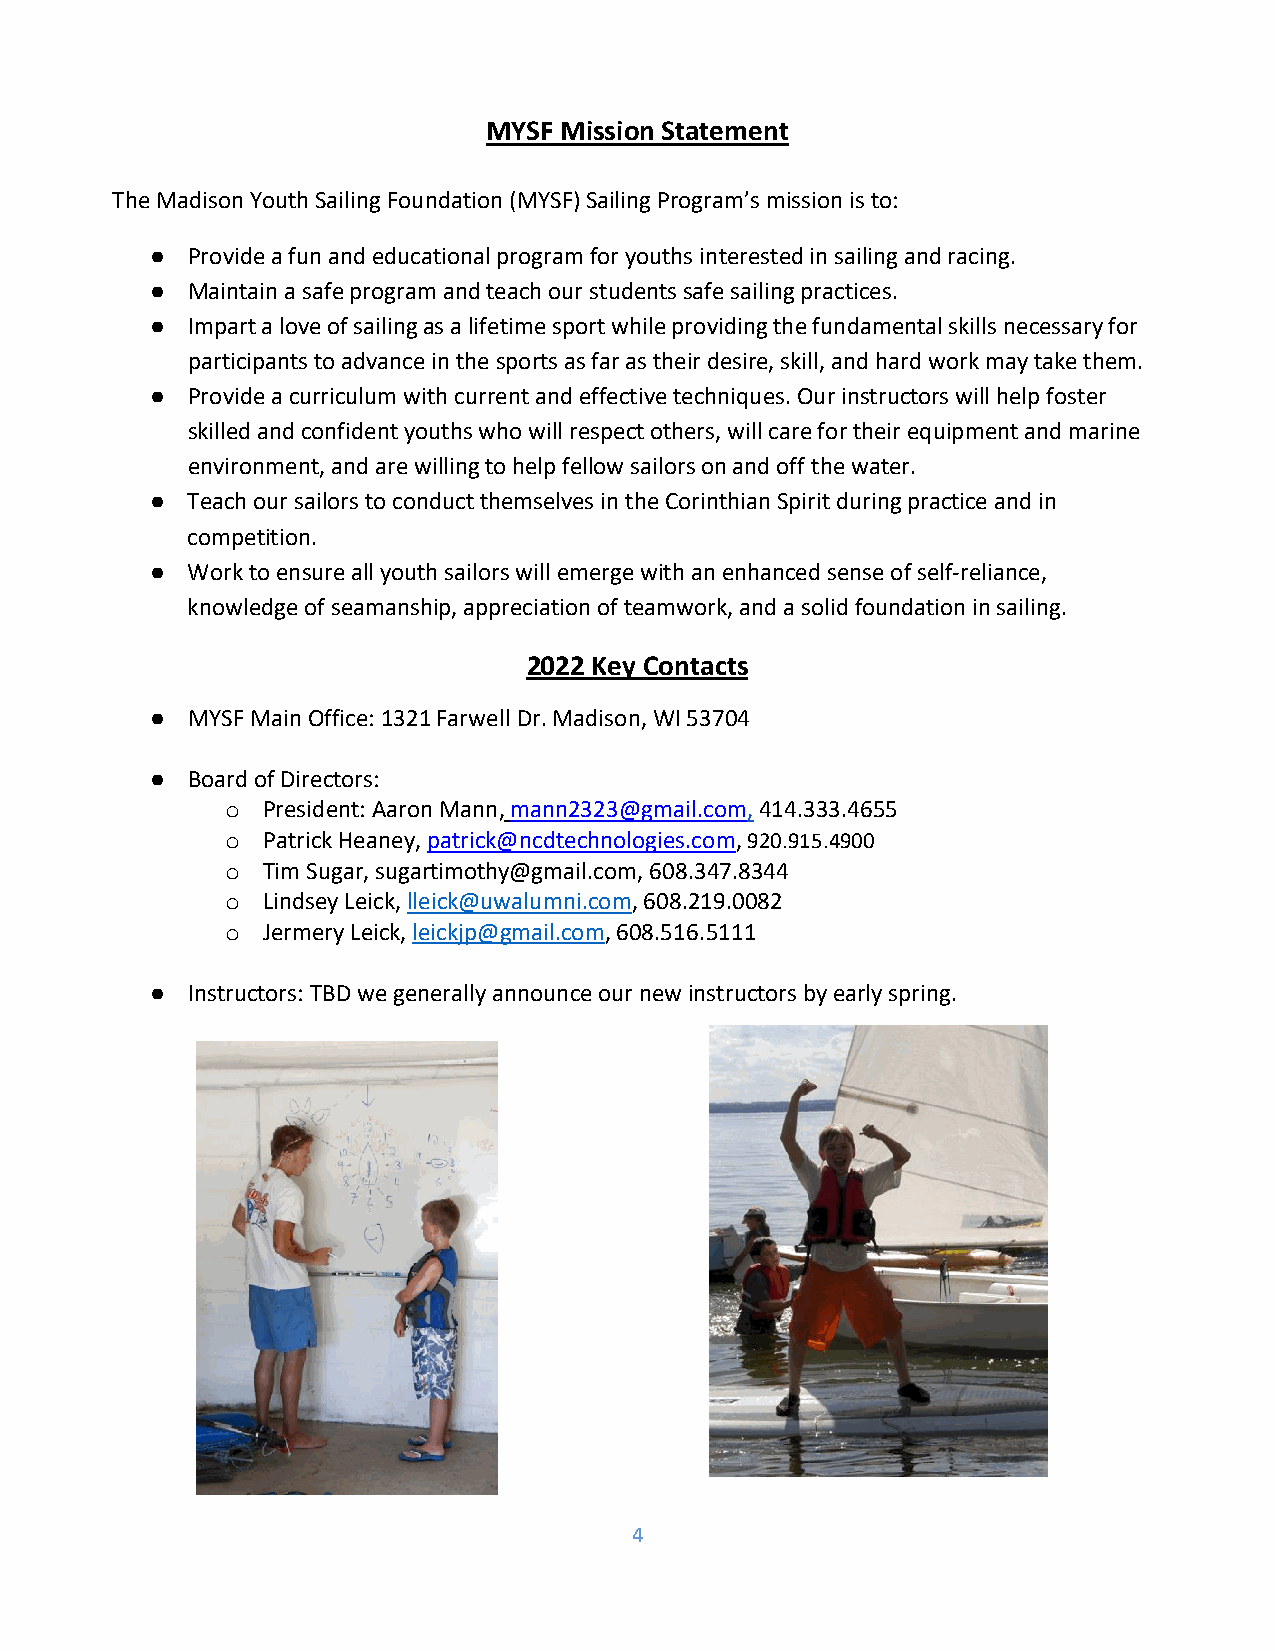
MYSF Mission Statement
 The Madison Youth Sailing Foundation (MYSF) Sailing Program’s mission is to:
 ● Provide a fun and educational program for youths interested in sailing and racing.
 ● Maintain a safe program and teach our students safe sailing practices.
 ● Impart a love of sailing as a lifetime sport while providing the fundamental skills necessary for
 participants to advance in the sports as far as their desire, skill, and hard work may take them.
 ● Provide a curriculum with current and effective techniques. Our instructors will help foster
 skilled and confident youths who will respect others, will care for their equipment and marine
 environment, and are willing to help fellow sailors on and off the water.
 ● Teach our sailors to conduct themselves in the Corinthian Spirit during practice and in
 competition.
 ● Work to ensure all youth sailors will emerge with an enhanced sense of self-reliance,
 knowledge of seamanship, appreciation of teamwork, and a solid foundation in sailing.
 2022 Key Contacts
 ● MYSF Main Office: 1321 Farwell Dr. Madison, WI 53704
 ● Board of Directors:
 President: Aaron Mann, mann2323@gmail.com, 414.333.4655
 o
 Patrick Heaney, patrick@ncdtechnologies.com, 920.915.4900
 o
 Tim Sugar, sugartimothy@gmail.com, 608.347.8344
 o
 Lindsey Leick, lleick@uwalumni.com, 608.219.0082
 o
 Jermery Leick, leickjp@gmail.com, 608.516.5111
 o
 ● Instructors: TBD we generally announce our new instructors by early spring.
 4